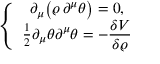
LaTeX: \left\{ \begin{array} { c } { { \partial _ { \mu } \big ( \varrho \, \partial ^ { \mu } \theta \big ) = 0 , \hfill } } \\ { { \frac { 1 } { 2 } \partial _ { \mu } \theta \partial ^ { \mu } \theta = - \displaystyle \frac { \delta V } { \delta \varrho } } } \end{array} \right.